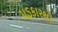
પડકારથી